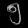
Digit: ၅